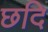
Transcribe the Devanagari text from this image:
छदि